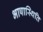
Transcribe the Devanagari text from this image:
भाषास्थिति